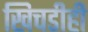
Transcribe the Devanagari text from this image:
खिचडीही